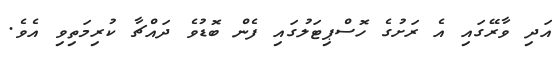
އަދި ވާރޭގައި އެ ރަށުގެ ހޮސްޕިޓަލުގައި ފެން ބޮޑުވެ ދައްޗާ ކުރިމަތިވި އެވެ.